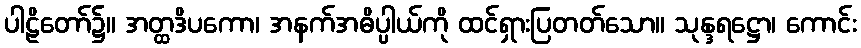
ပါဠိတော်၌။ အတ္ထဒိပကော၊ အနက်အဓိပ္ပါယ်ကို ထင်ရှားပြတတ်သော။ သုန္ဒရဋ္ဌော၊ ကောင်း